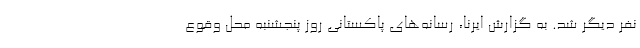
نفر دیگر شد. به گزارش ایرنا، رسانه‌های پاکستانی روز پنجشنبه محل وقوع